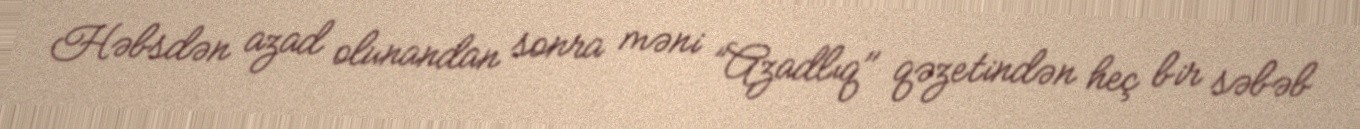
Həbsdən azad olunandan sonra məni ”Azadlıq" qəzetindən heç bir səbəb